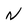
Character: n